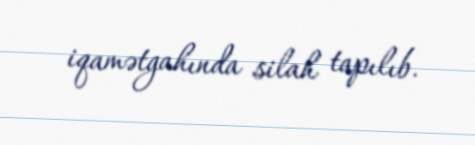
iqamətgahında silah tapılıb.